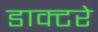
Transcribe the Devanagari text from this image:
डाक्टरे